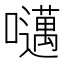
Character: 𫬱